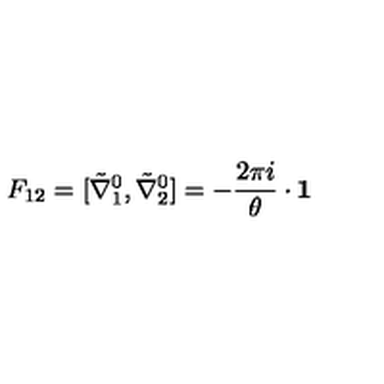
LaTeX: F _ { 1 2 } = [ \tilde { \nabla } _ { 1 } ^ { 0 } , \tilde { \nabla } _ { 2 } ^ { 0 } ] = - \frac { 2 \pi i } { \theta } \cdot { \bf 1 }